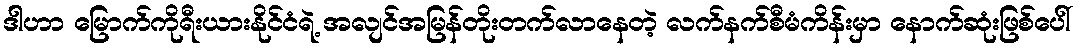
ဒါဟာ မြောက်ကိုရီးယားနိုင်ငံရဲ့ အလျင်အမြန်တိုးတက်လာနေတဲ့ လက်နက်စီမံကိန်းမှာ နောက်ဆုံးဖြစ်ပေါ်